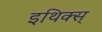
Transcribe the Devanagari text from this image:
इथिक्स्